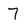
Character: 7